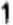
1